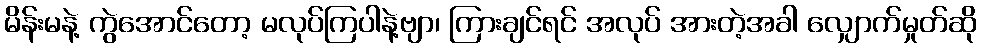
မိန်းမနဲ့ ကွဲအောင်တော့ မလုပ်ကြပါနဲ့ဗျာ၊ ကြားချင်ရင် အလုပ် အားတဲ့အခါ လျှောက်မှုတ်ဆို